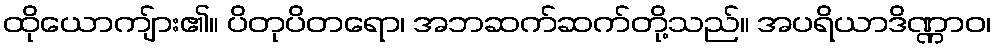
ထိုယောကျ်ား၏။ ပိတုပိတရော၊ အဘဆက်ဆက်တို့သည်။ အပရိယာဒိဏ္ဏာဝ၊